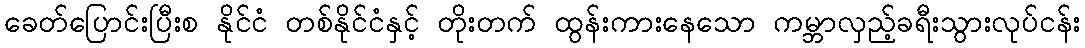
ခေတ်ပြောင်းပြီးစ နိုင်ငံ တစ်နိုင်ငံနှင့် တိုးတက် ထွန်းကားနေသော ကမ္ဘာလှည့်ခရီးသွားလုပ်ငန်း